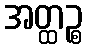
အတ္ထဉ္စ